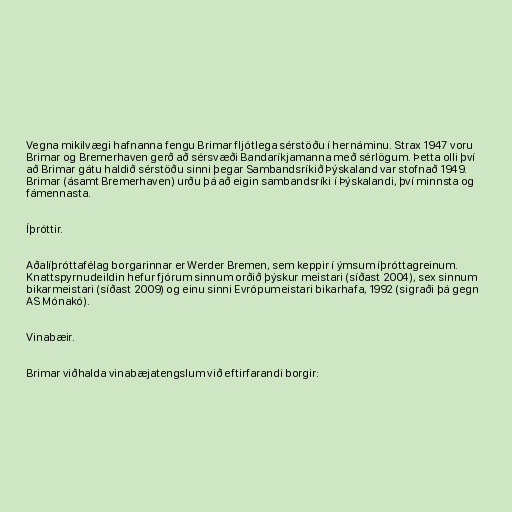
Vegna mikilvægi hafnanna fengu Brimar fljótlega sérstöðu í hernáminu. Strax 1947 voru
Brimar og Bremerhaven gerð að sérsvæði Bandaríkjamanna með sérlögum. Þetta olli því
að Brimar gátu haldið sérstöðu sinni þegar Sambandsríkið Þýskaland var stofnað 1949.
Brimar (ásamt Bremerhaven) urðu þá að eigin sambandsríki í Þýskalandi, því minnsta og
fámennasta.

Íþróttir.

Aðalíþróttafélag borgarinnar er Werder Bremen, sem keppir í ýmsum íþróttagreinum.
Knattspyrnudeildin hefur fjórum sinnum orðið þýskur meistari (síðast 2004), sex sinnum
bikarmeistari (síðast 2009) og einu sinni Evrópumeistari bikarhafa, 1992 (sigraði þá gegn
AS Mónakó).

Vinabæir.

Brimar viðhalda vinabæjatengslum við eftirfarandi borgir: